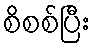
စိစစ်ပြီး